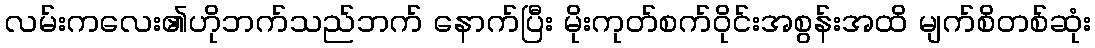
လမ်းကလေး၏ဟိုဘက်သည်ဘက် နောက်ပြီး မိုးကုတ်စက်ဝိုင်းအစွန်းအထိ မျက်စိတစ်ဆုံး